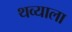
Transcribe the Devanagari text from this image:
थव्याला